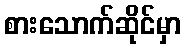
စားသောက်ဆိုင်မှာ